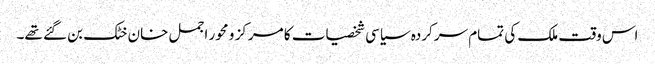
اس وقت ملک کی تمام سرکردہ سیاسی شخصیات کا مرکز و محور اجمل خان خٹک بن گئے تھے۔